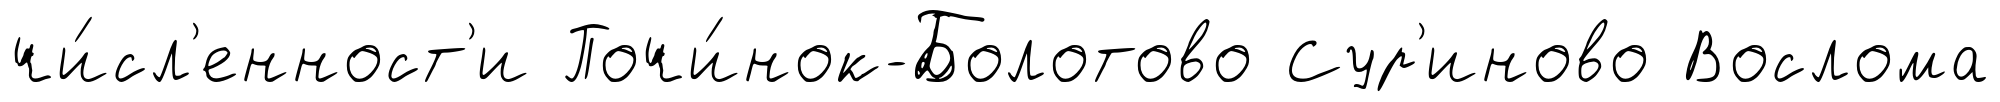
чи́сл'енност'и Почи́нок-Болотово Сур'иново Вослома